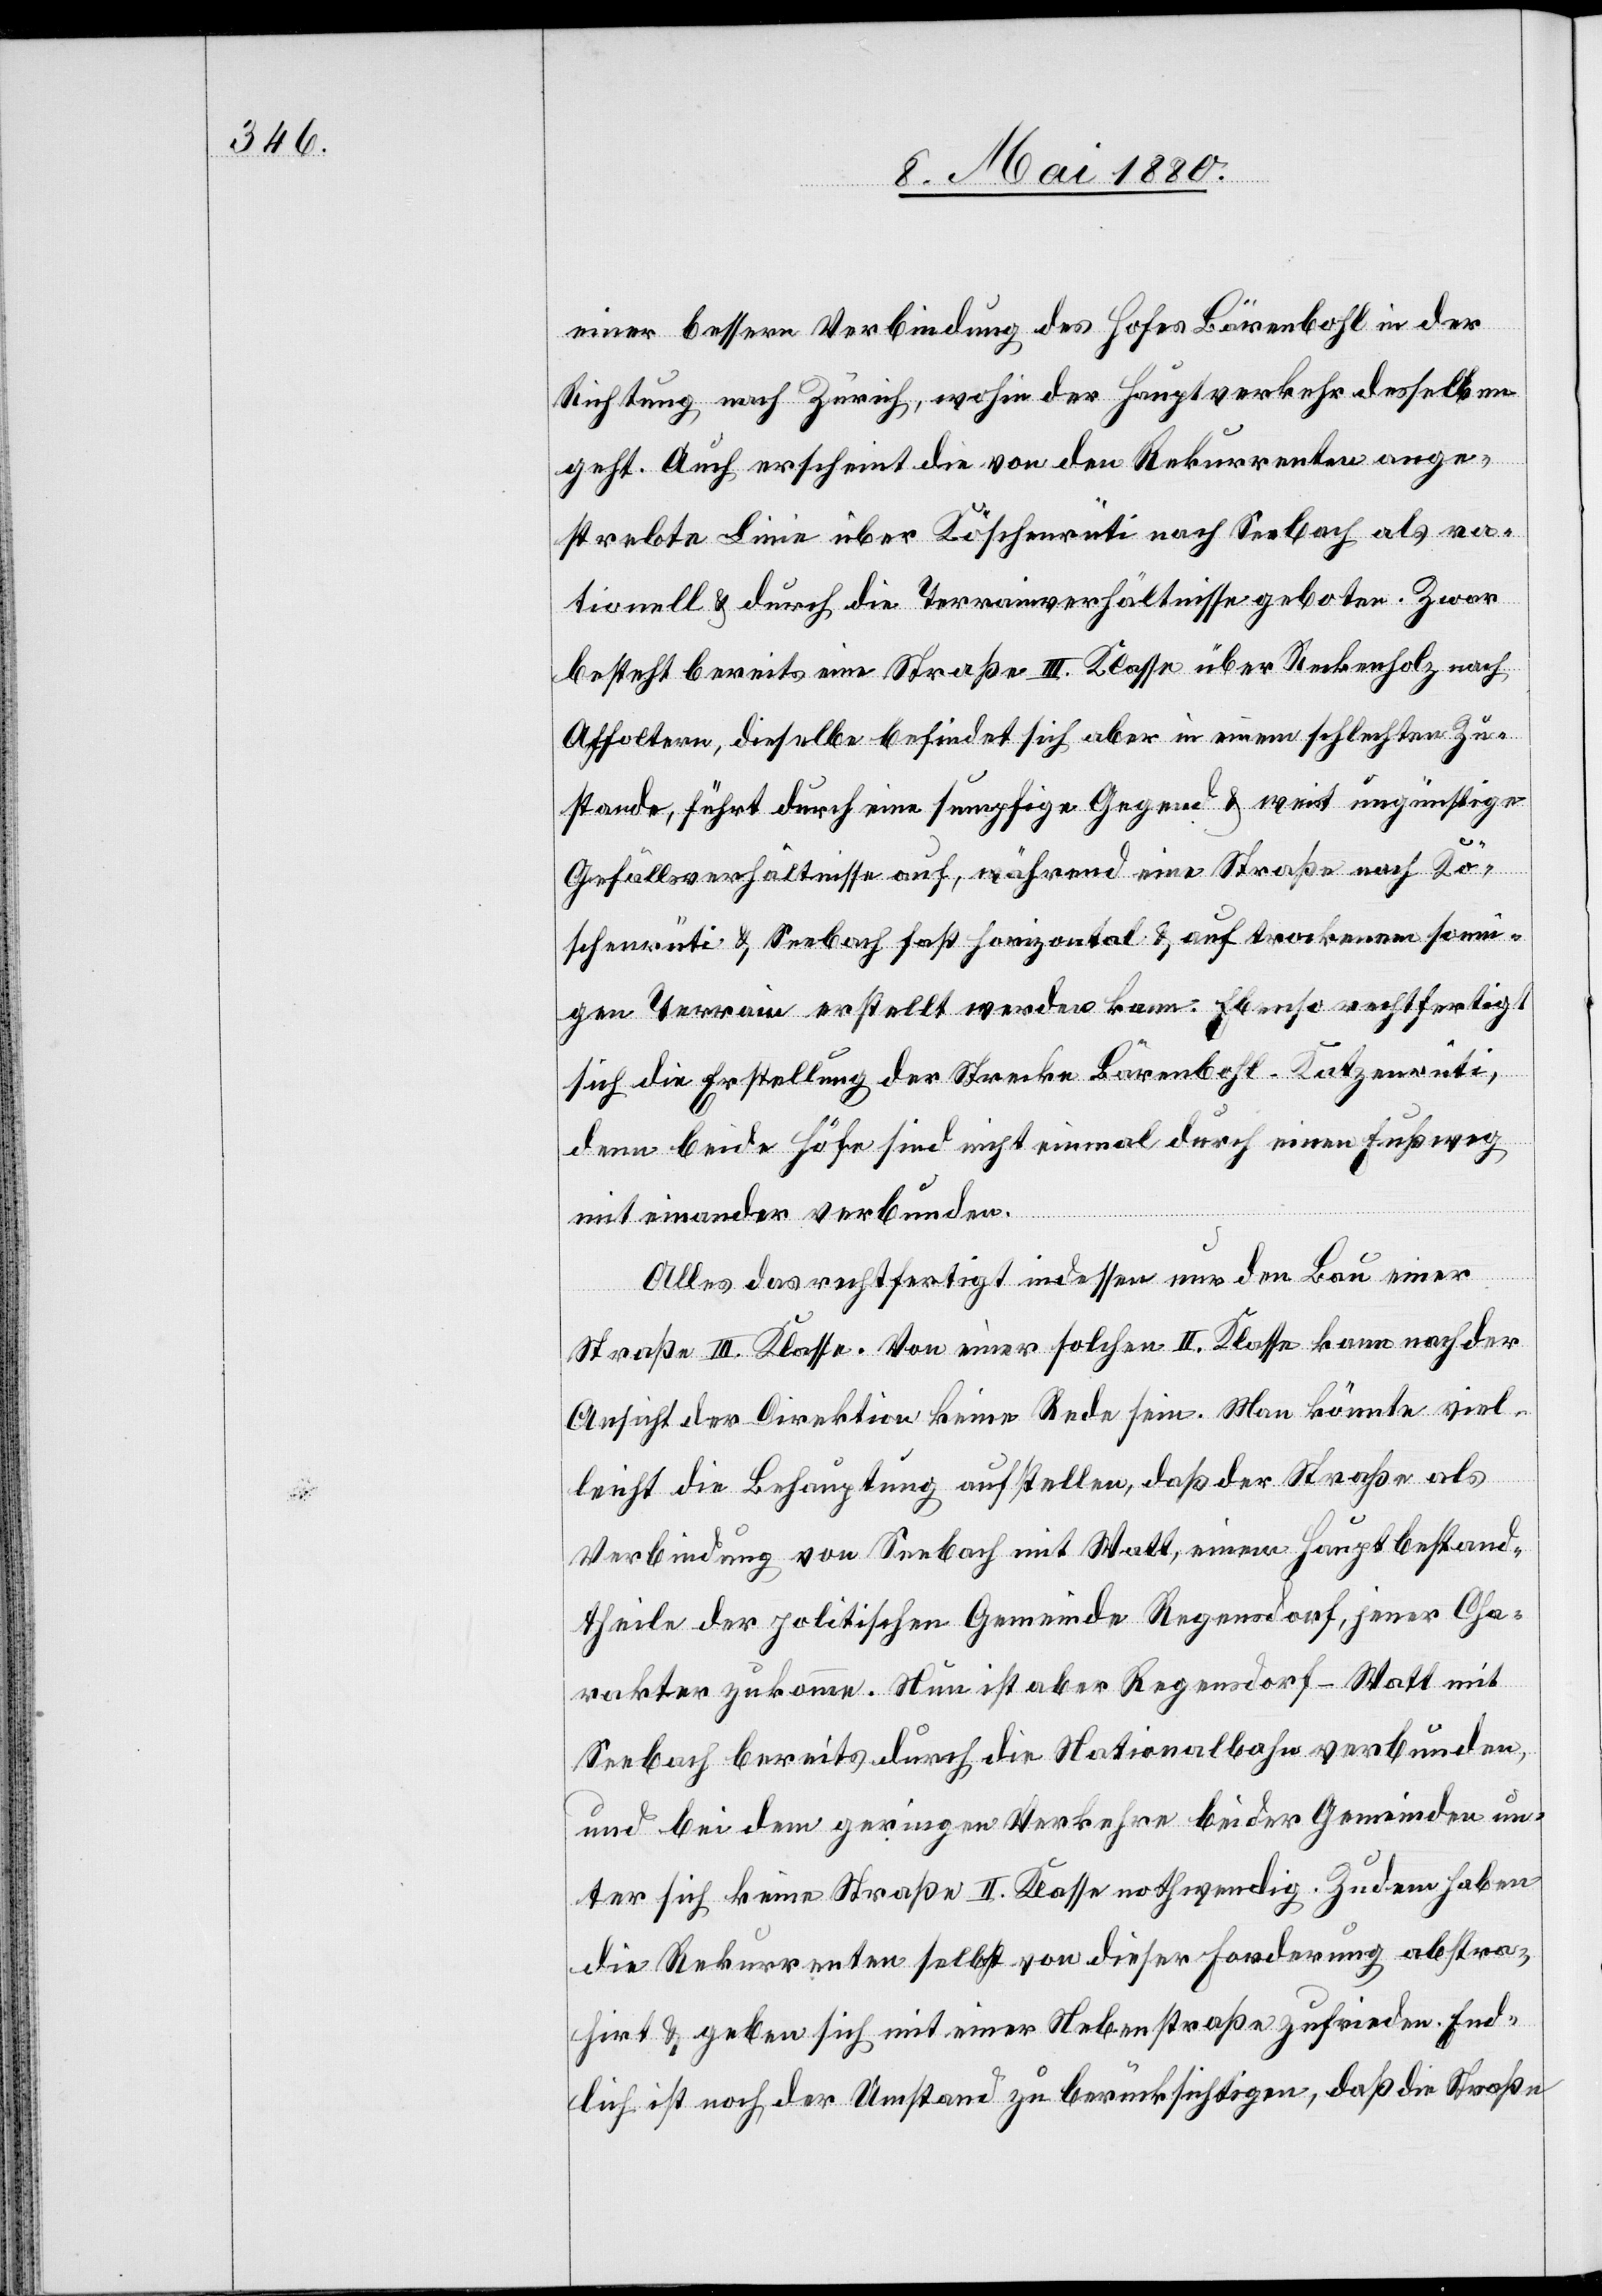
einer bessern Verbindung des Hofes Bärenbohl in der
Richtung nach Zürich, wohin der Hauptverkehr desselben
geht. Auch erscheint die von den Rekurrenten ange¬
strebte Linie über Köschenrüti nach Seebach als ra¬
tionell & durch die Terrainverhältnisse geboten. Zwar
besteht bereits eine Straße III. Klasse über Reckenholz nach
Affoltern, dieselbe befindet sich aber in einem schlechten Zu¬
stande, führt durch eine sumpfige Gegnd & weist ungünstige
Gefällsverhältnisse auf, während eine Straße nach Kö¬
schenrüti & Seebach fast horizontal & auf trockenem sonni¬
gen Terrain erstellt werden kann. Ebenso rechtfertigt
sich die Erstellung der Strecke Bärenbohl–Katzenrüti,
denn beide Höfe sind nicht einmal durch einen Fußweg
miteinander verbunden.
Alles das rechtfertigt indessen nur den Bau einer
Straße III. Klasse. Von einer solchen II. Klasse kann nach der
Ansicht der Direktion keine Rede sein. Man könnte viel¬
leicht die Behauptung aufstellen, daß der Straße als
Verbindung von Seebach mit Watt, einem Hauptbestand¬
theile der politischen Gemeinde Regensdorf, jener Cha¬
rakter zukomme. Nun ist aber Regensdorf - Watt mit
Seebach bereits durch die Nationalbahn verbunden,
und bei dem geringen Verkehr beider Gemeinden un¬
ter sich keine Straße II. Klasse nothwendig. Zudem haben
die Rekurrenten selbst von dieser Forderung abstra¬
hirt & geben sich mit einer Nebenstraße zufrieden. End¬
lich ist noch der Umstand zu berücksichtigen, daß die Straße